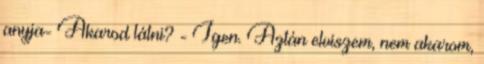
anyja- Akarod látni? - Igen. Aztán elviszem, nem akarom,